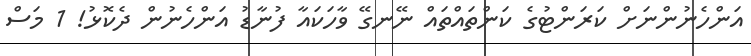
އަންހެނުންނަށް ކަރަންޓުގެ ކަންތައްތައް ނޭނގޭ ވާހަކައާ ފުނާޑު އަންހެނުން ދެކޮޅު! 1 މަސް